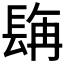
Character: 𮣿